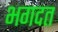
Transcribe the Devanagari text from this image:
भगदत